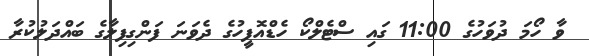
ވާ ހޯމަ ދުވަހުގެ 11:00 ގައި ސްޓެލްކޯ ހެޑްއޮފީހުގެ ދެވަނަ ފަންގިފިލާގެ ބައްދަލުކުރާ